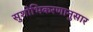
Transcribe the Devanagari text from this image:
सुशोभिकरणानुसार